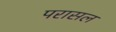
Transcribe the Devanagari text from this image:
परासल